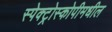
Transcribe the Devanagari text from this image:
स्पेक्ट्रोस्कोपीमधील